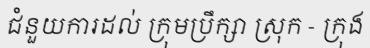
ជំនួយការដល់ ក្រុមប្រឹក្សា ស្រុក - ក្រុង